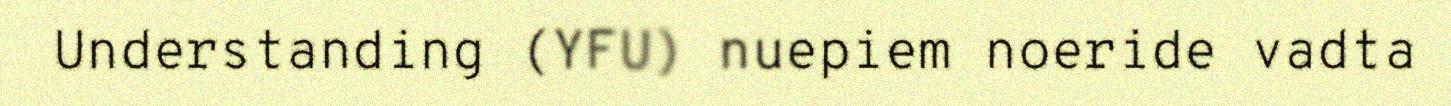
Understanding (YFU) nuepiem noeride vadta